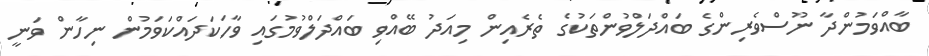
ބާއްވަމުންދާ ނޫސްވެރިންގެ ބައްދަލްވުންތަކުގެ ތެރެއިން މިއަދު ބޭއްވި ބައްދަލްވުމުގައި ވާހަކަދައްކަވަމުން ނިހާން ވަނީ